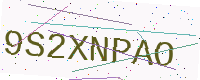
Text: 9S2XNPAO